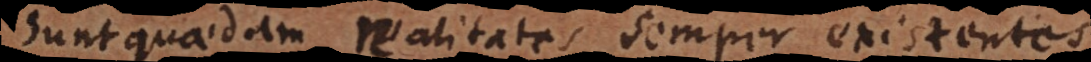
sunt quaedam realitates semper existentes.